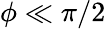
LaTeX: \phi\ll\pi/2